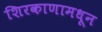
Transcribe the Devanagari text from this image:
शिरकाणामधून